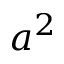
a ^ { 2 }